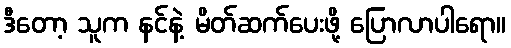
ဒီတော့ သူက နင်နဲ့ မိတ်ဆက်ပေးဖို့ ပြောလာပါရော။